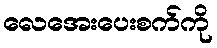
လေအေးပေးစက်ကို